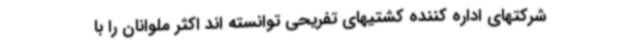
شرکتهای اداره کننده کشتیهای تفریحی توانسته اند اکثر ملوانان را با